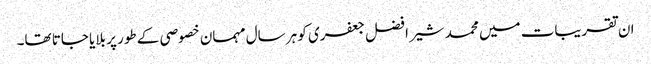
ان تقریبات میں محمد شیر افضل جعفری کو ہر سال مہمان خصوصی کے طور پر بلایا جاتا تھا۔